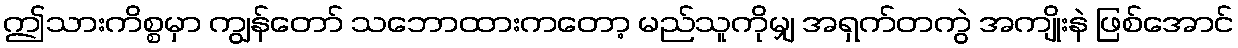
ဤသားကိစ္စမှာ ကျွန်တော် သဘောထားကတော့ မည်သူကိုမျှ အရှက်တကွဲ အကျိုးနဲ ဖြစ်အောင်